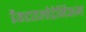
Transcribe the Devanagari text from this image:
डैकटाइलोटेनिअम